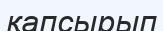
қапсырып